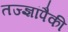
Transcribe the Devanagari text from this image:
तज्‍ज्ञांपैकी